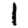
Digit: 1